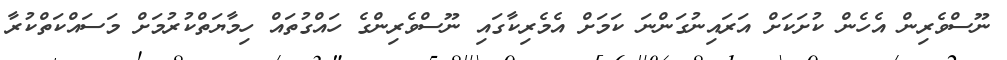
ނޫސްވެރިން އެހެން ކުށަކަށް އަރައިނުގަންނަ ކަމަށް އެމެރިކާގައި ނޫސްވެރިންގެ ހައްގުތައް ހިމާޔަތްކުރުމަށް މަސައްކަތްކުރާ